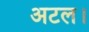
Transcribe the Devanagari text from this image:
अटल।